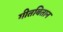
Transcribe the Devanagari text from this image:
गीतबितान